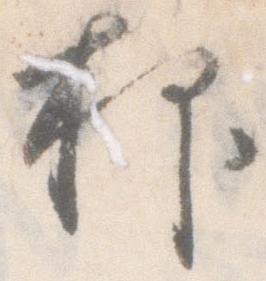
抑